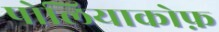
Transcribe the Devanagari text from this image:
पोलियाकोफ़